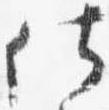
仕